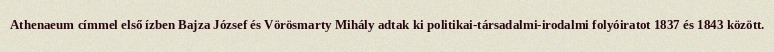
Athenaeum címmel első ízben Bajza József és Vörösmarty Mihály adtak ki politikai-társadalmi-irodalmi folyóiratot 1837 és 1843 között.